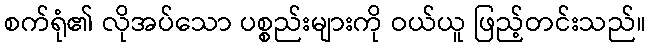
စက်ရုံ၏ လိုအပ်သော ပစ္စည်းများကို ဝယ်ယူ ဖြည့်တင်းသည်။